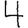
Digit: 4